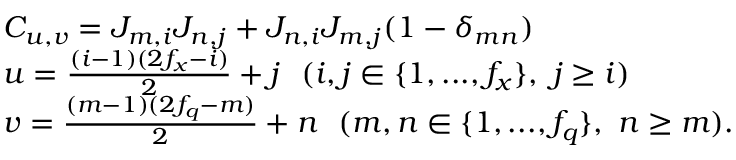
\begin{array} { r l } & { C _ { u , v } = J _ { m , i } J _ { n , j } + J _ { n , i } J _ { m , j } ( 1 - \delta _ { m n } ) } \\ & { u = \frac { ( i - 1 ) ( 2 f _ { x } - i ) } { 2 } + j ~ ~ ( i , j \in \{ 1 , . . . , f _ { x } \} , ~ j \ge i ) } \\ & { v = \frac { ( m - 1 ) ( 2 f _ { q } - m ) } { 2 } + n ~ ~ ( m , n \in \{ 1 , . . . , f _ { q } \} , ~ n \ge m ) . } \end{array}